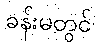
ခန်းမတွင်